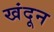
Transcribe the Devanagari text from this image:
खंदून